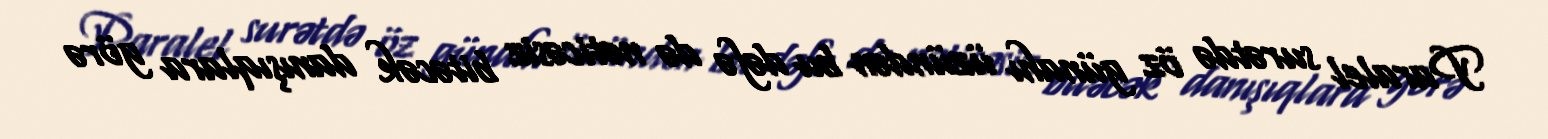
Paralel surətdə öz günahı üzündən bu dəfə də nəticəsiz bitəcək danışıqlara görə